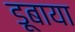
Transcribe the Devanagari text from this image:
डूबाया